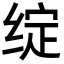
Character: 绽